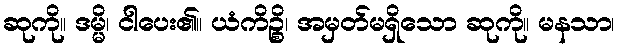
ဆုကို။ ဒမ္မိ၊ ငါပေး၏။ ယံကိဉ္စိ၊ အမှတ်မရှိသော ဆုကို။ မနသာ၊